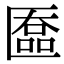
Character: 匲